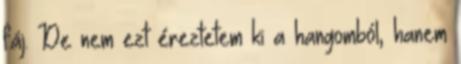
fáj. De nem ezt éreztetem ki a hangomból, hanem